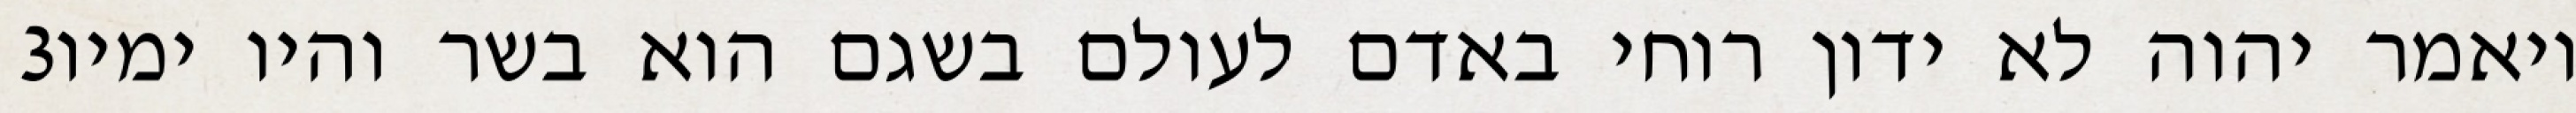
‎3‏ ויאמר יהוה לא ידון רוחי באדם לעולם בשגם הוא בשר והיו ימיו